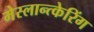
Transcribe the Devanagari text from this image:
मेस्लान्त्केरिंग